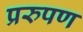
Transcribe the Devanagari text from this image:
प्ररुपण